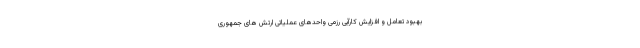
بهبود تعامل و افزایش کارآیی رزمی واحدهای عملیاتی ارتش های جمهوری